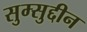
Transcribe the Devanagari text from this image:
सुम्सुद्दीन